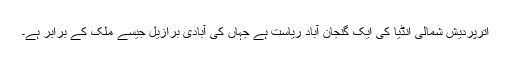
اترپردیش شمالی انڈیا کی ایک گنجان آباد ریاست ہے جہاں کی آبادی برازیل جیسے ملک کے برابر ہے۔